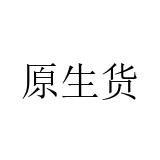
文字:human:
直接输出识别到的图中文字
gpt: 原生货